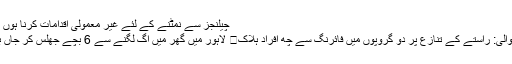
چیلنجز سے نمٹنے کے لئے غیر معمولی اقدامات کرنا ہوں گے
میانوالی: راستے کے تنازع پر دو گروپوں میں فائرنگ سے چھ افراد ہلاک	 لاہور میں گھر میں آگ لگنے سے 6 بچے جھلس کر جاں بحق